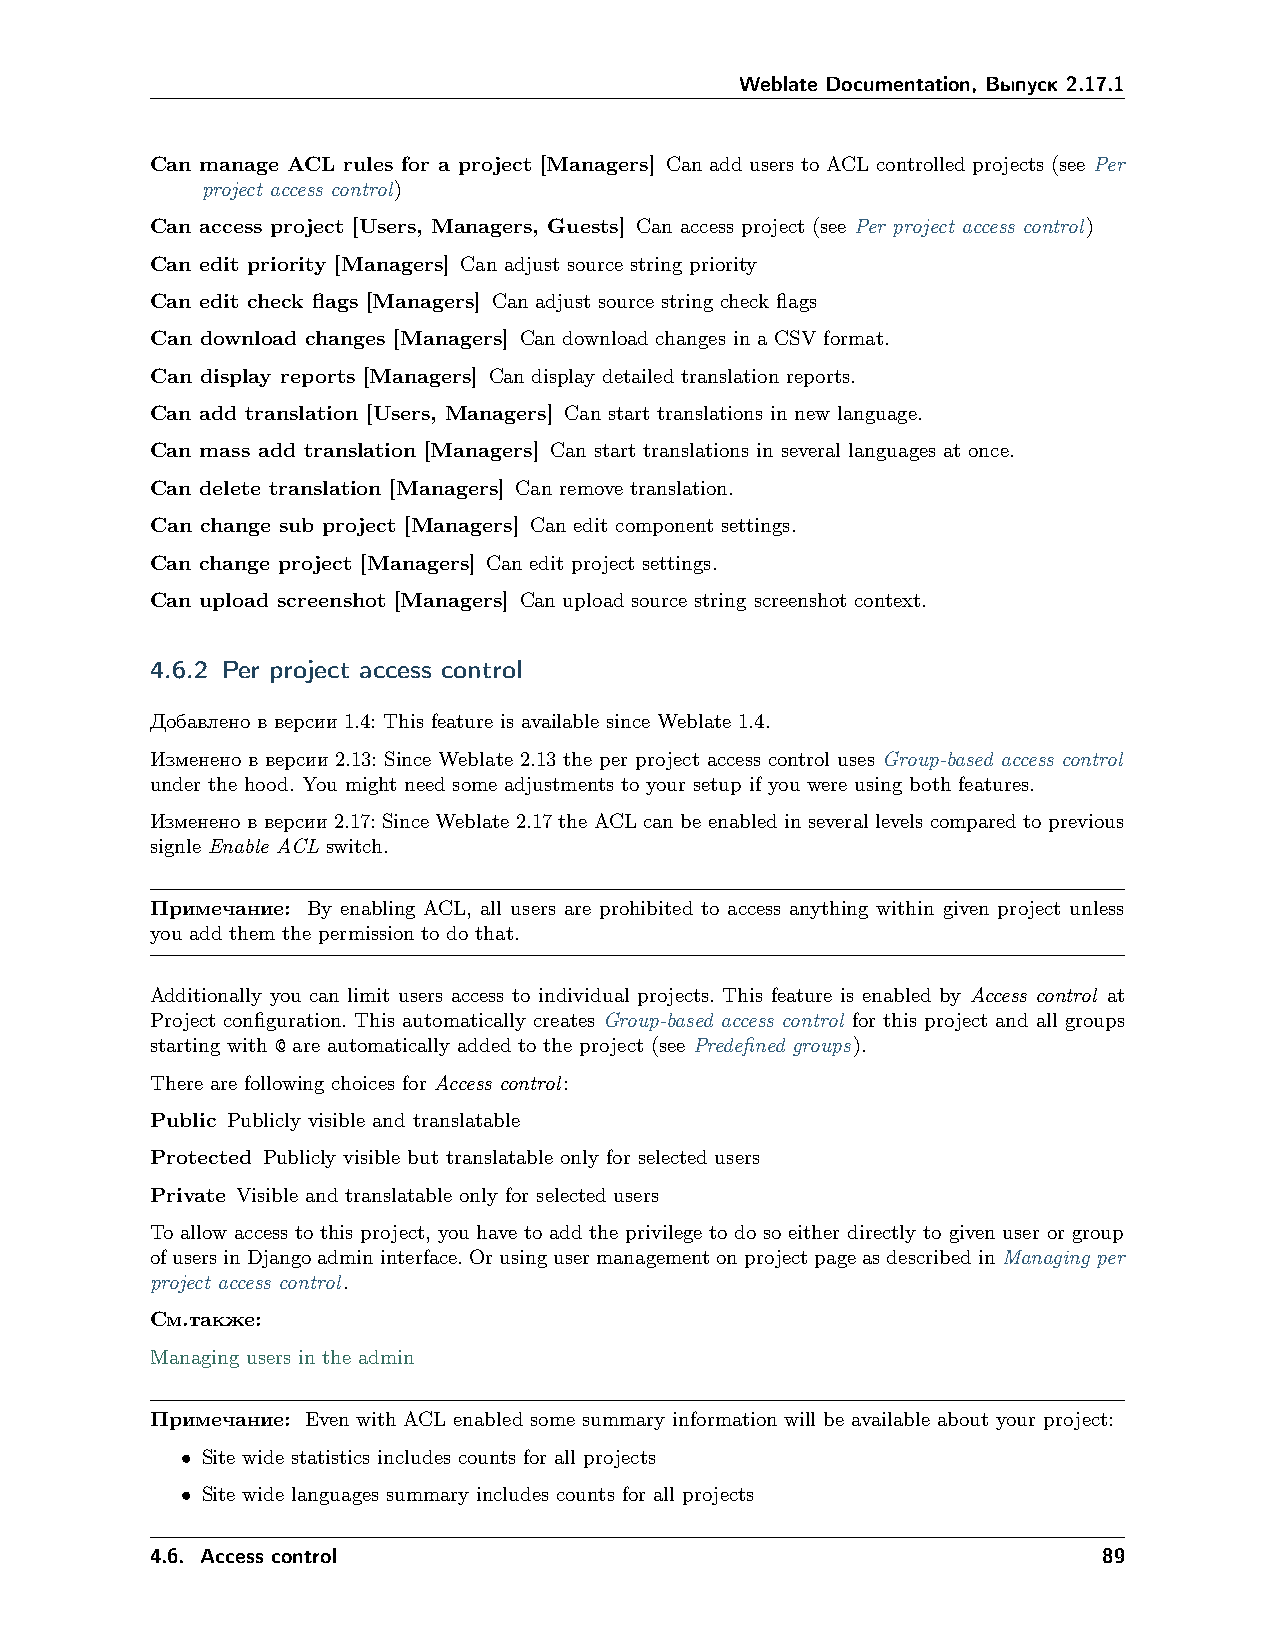
Weblate Documentation, Выпуск 2.17.1
 Can manage ACL rules for a project [Managers] Can add users to ACL controlled projects (see Per
 project access control)
 Can access project [Users, Managers, Guests] Can access project (see Per project access control)
 Can edit priority [Managers] Can adjust source string priority
 Can edit check flags [Managers] Can adjust source string check flags
 Can download changes [Managers] Can download changes in a CSV format.
 Can display reports [Managers] Can display detailed translation reports.
 Can add translation [Users, Managers] Can start translations in new language.
 Can mass add translation [Managers] Can start translations in several languages at once.
 Can delete translation [Managers] Can remove translation.
 Can change sub project [Managers] Can edit component settings.
 Can change project [Managers] Can edit project settings.
 Can upload screenshot [Managers] Can upload source string screenshot context.
 4.6.2 Per project access control
 Добавлено в версии 1.4: This feature is available since Weblate 1.4.
 Изменено в версии 2.13: Since Weblate 2.13 the per project access control uses Group-based access control
 under the hood. You might need some adjustments to your setup if you were using both features.
 Изменено в версии 2.17: Since Weblate 2.17 the ACL can be enabled in several levels compared to previous
 signle Enable ACL switch.
 Примечание: By enabling ACL, all users are prohibited to access anything within given project unless
 you add them the permission to do that.
 Additionally you can limit users access to individual projects. This feature is enabled by Access control at
 Project configuration. This automatically creates Group-based access control for this project and all groups
 starting with @ are automatically added to the project (see Predefined groups).
 There are following choices for Access control:
 Public Publicly visible and translatable
 Protected Publicly visible but translatable only for selected users
 Private Visible and translatable only for selected users
 To allow access to this project, you have to add the privilege to do so either directly to given user or group
 ofusersinDjangoadmininterface.OrusingusermanagementonprojectpageasdescribedinManaging per
 project access control.
 См.также:
 Managing users in the admin
 Примечание: Even with ACL enabled some summary information will be available about your project:
 • Site wide statistics includes counts for all projects
 • Site wide languages summary includes counts for all projects
 4.6. Access control                                            89